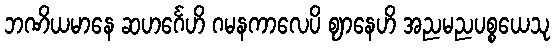
ဘဏိယမာနေ ဆဟင်္ဂေဟိ ဂမနကာလေပိ ဈာနေဟိ အညမညပစ္စယေသု